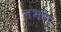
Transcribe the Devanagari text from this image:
लभग